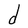
Character: d